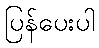
ပြန်ပေးပါ